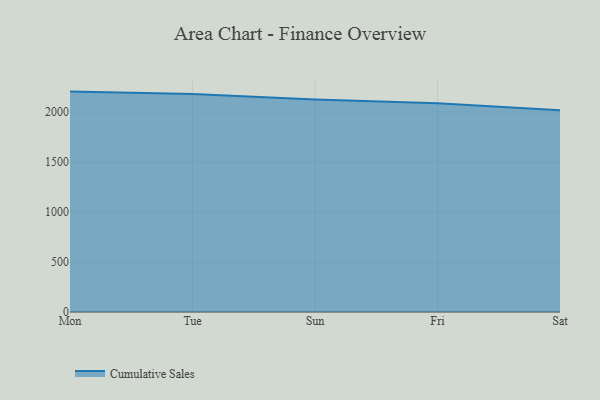
{"axis": {"x": "Day", "y": "Shipments"}, "legend": ["Cumulative Sales"], "data": [{"x": "Mon", "y": 2205.0, "type": "Cumulative Sales"}, {"x": "Tue", "y": 2181.7, "type": "Cumulative Sales"}, {"x": "Sun", "y": 2126.8, "type": "Cumulative Sales"}, {"x": "Fri", "y": 2087.2, "type": "Cumulative Sales"}, {"x": "Sat", "y": 2018.5, "type": "Cumulative Sales"}]}